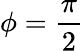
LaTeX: \phi=\frac{\pi}{2}